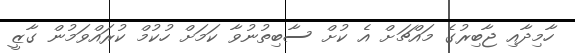
ހާމިދާއި ޖާބިރުގެ މައްޗަށް އެ ކުށް ސާބިތުނުވާ ކަމަށް ހުކުމް ކުރައްވަމުން ގާޒީ